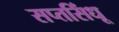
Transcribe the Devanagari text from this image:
सप्तसिंधू